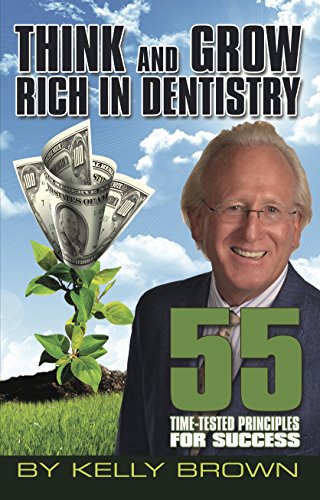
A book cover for Think and Grow Rich in Dentistry; Kelly Brown; Medical Books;